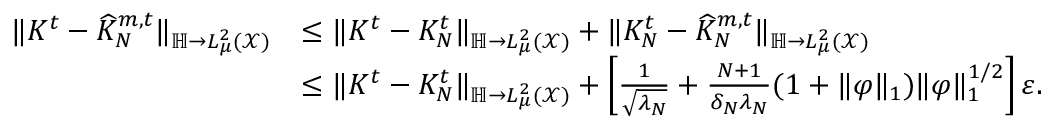
\begin{array} { r l } { \| K ^ { t } - \widehat K _ { N } ^ { m , t } \| _ { \mathbb H \to L _ { \mu } ^ { 2 } ( \mathcal X ) } } & { \le \| K ^ { t } - K _ { N } ^ { t } \| _ { \mathbb H \to L _ { \mu } ^ { 2 } ( \mathcal X ) } + \| K _ { N } ^ { t } - \widehat K _ { N } ^ { m , t } \| _ { \mathbb H \to L _ { \mu } ^ { 2 } ( \mathcal X ) } } \\ & { \le \| K ^ { t } - K _ { N } ^ { t } \| _ { \mathbb H \to L _ { \mu } ^ { 2 } ( \mathcal X ) } + \left[ \frac 1 { \sqrt { \lambda _ { N } } } + \frac { N + 1 } { \delta _ { N } \lambda _ { N } } ( 1 + \| \varphi \| _ { 1 } ) \| \varphi \| _ { 1 } ^ { 1 / 2 } \right] \varepsilon . } \end{array}